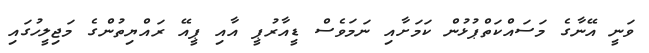
ވަނީ އޭނާގެ މަސައްކަތްޕުޅުން ކަމަށާއި ނަމަވެސް ޑީއާރުޕީ އާއި ޕީއޭ ރައްޔިތުންގެ މަޖިލީހުގައި